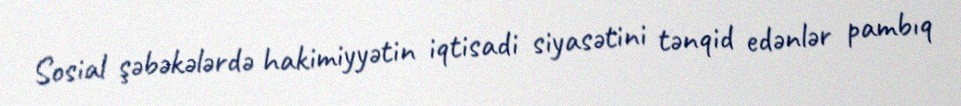
Sosial şəbəkələrdə hakimiyyətin iqtisadi siyasətini tənqid edənlər pambıq